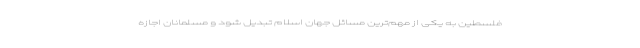
فلسطین به یکی از مهم‌ترین مسائل جهان اسلام تبدیل شود و مسلمانان اجازه